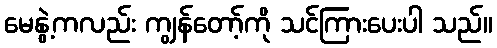
မေနွဲ့ကလည်း ကျွန်တော့်ကို သင်ကြားပေးပါ သည်။